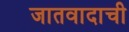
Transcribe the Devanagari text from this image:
जातवादाची